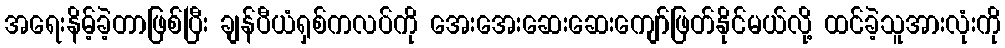
အရေးနိမ့်ခဲ့တာဖြစ်ပြီး ချန်ပီယံရှစ်ကလပ်ကို အေးအေးဆေးဆေးကျော်ဖြတ်နိုင်မယ်လို့ ထင်ခဲ့သူအားလုံးကို